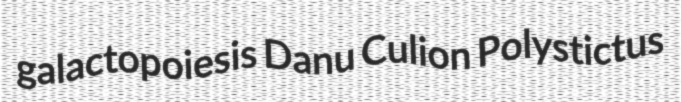
galactopoiesis Danu Culion Polystictus